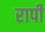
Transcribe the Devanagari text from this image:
रापी